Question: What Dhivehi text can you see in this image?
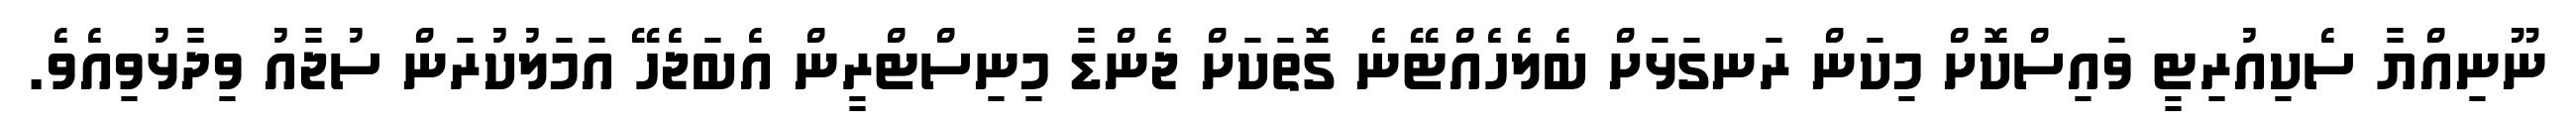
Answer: ނޫނިއްޔާ ސެކިއުރިޓީ ވައިސްކޮށް މިކަން ރަނގަޅަށް ބެލެހެއްޓޭނެ ގޮތަކަށް ޖެންޑާ މިނިސްޓްރީން އެބަޖެހޭ އަމަލުކުރަން ސުޖާއު ވިދާޅުވިއެވެ.